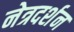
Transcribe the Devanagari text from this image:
नेत्रदर्शन